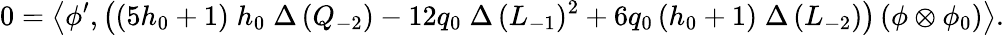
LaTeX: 0=\left\langle\phi^{\prime},\left((5h_{0}+1)\; h_{0}\; \Delta\, (Q_{-2})-12q_{0}\; \Delta\, (L_{-1})^{2}+6q_{0}\, (h_{0}+1)\; \Delta\, (L_{-2})\right)\left(\phi\otimes\phi_{0}\right)\right\rangle.